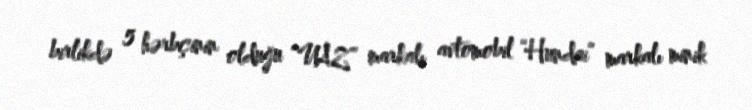
birlikdə 5 hərbçinin olduğu “UAZ” markalı avtomobil “Hundai” markalı minik